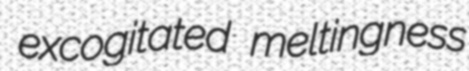
excogitated meltingness